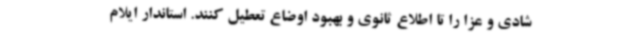
شادی و عزا را تا اطلاع ثانوی و بهبود اوضاع تعطیل کنند. استاندار ایلام